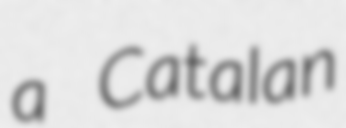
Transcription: a Catalan